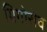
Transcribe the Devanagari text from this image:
ग्रिगोरोव